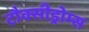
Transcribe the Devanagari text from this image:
टौक्सीड्रोम्स